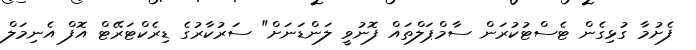
ފެށުމާ ގުޅިގެން ޓެސްޓުކުރަން ސާމްޕަލްތައް ފޮނުވީ ލަންޑަނަށް" ސަރުކާރުގެ ޑިރެކްޓަރޭޓް އޮފް އެނިމަލް